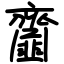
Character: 齏